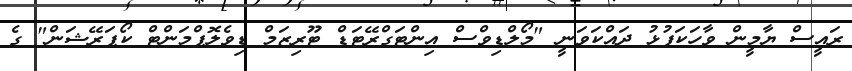
ރައީސް ޔާމީން ވާހަކަފުޅު ދައްކަވަނީ "މޯލްޑިވްސް އިންޓަގްރޭޓަޑް ޓޫރިޒަމް ޑިވެލޮޕްމަންޓް ކޯޕަރޭޝަން" ގެ